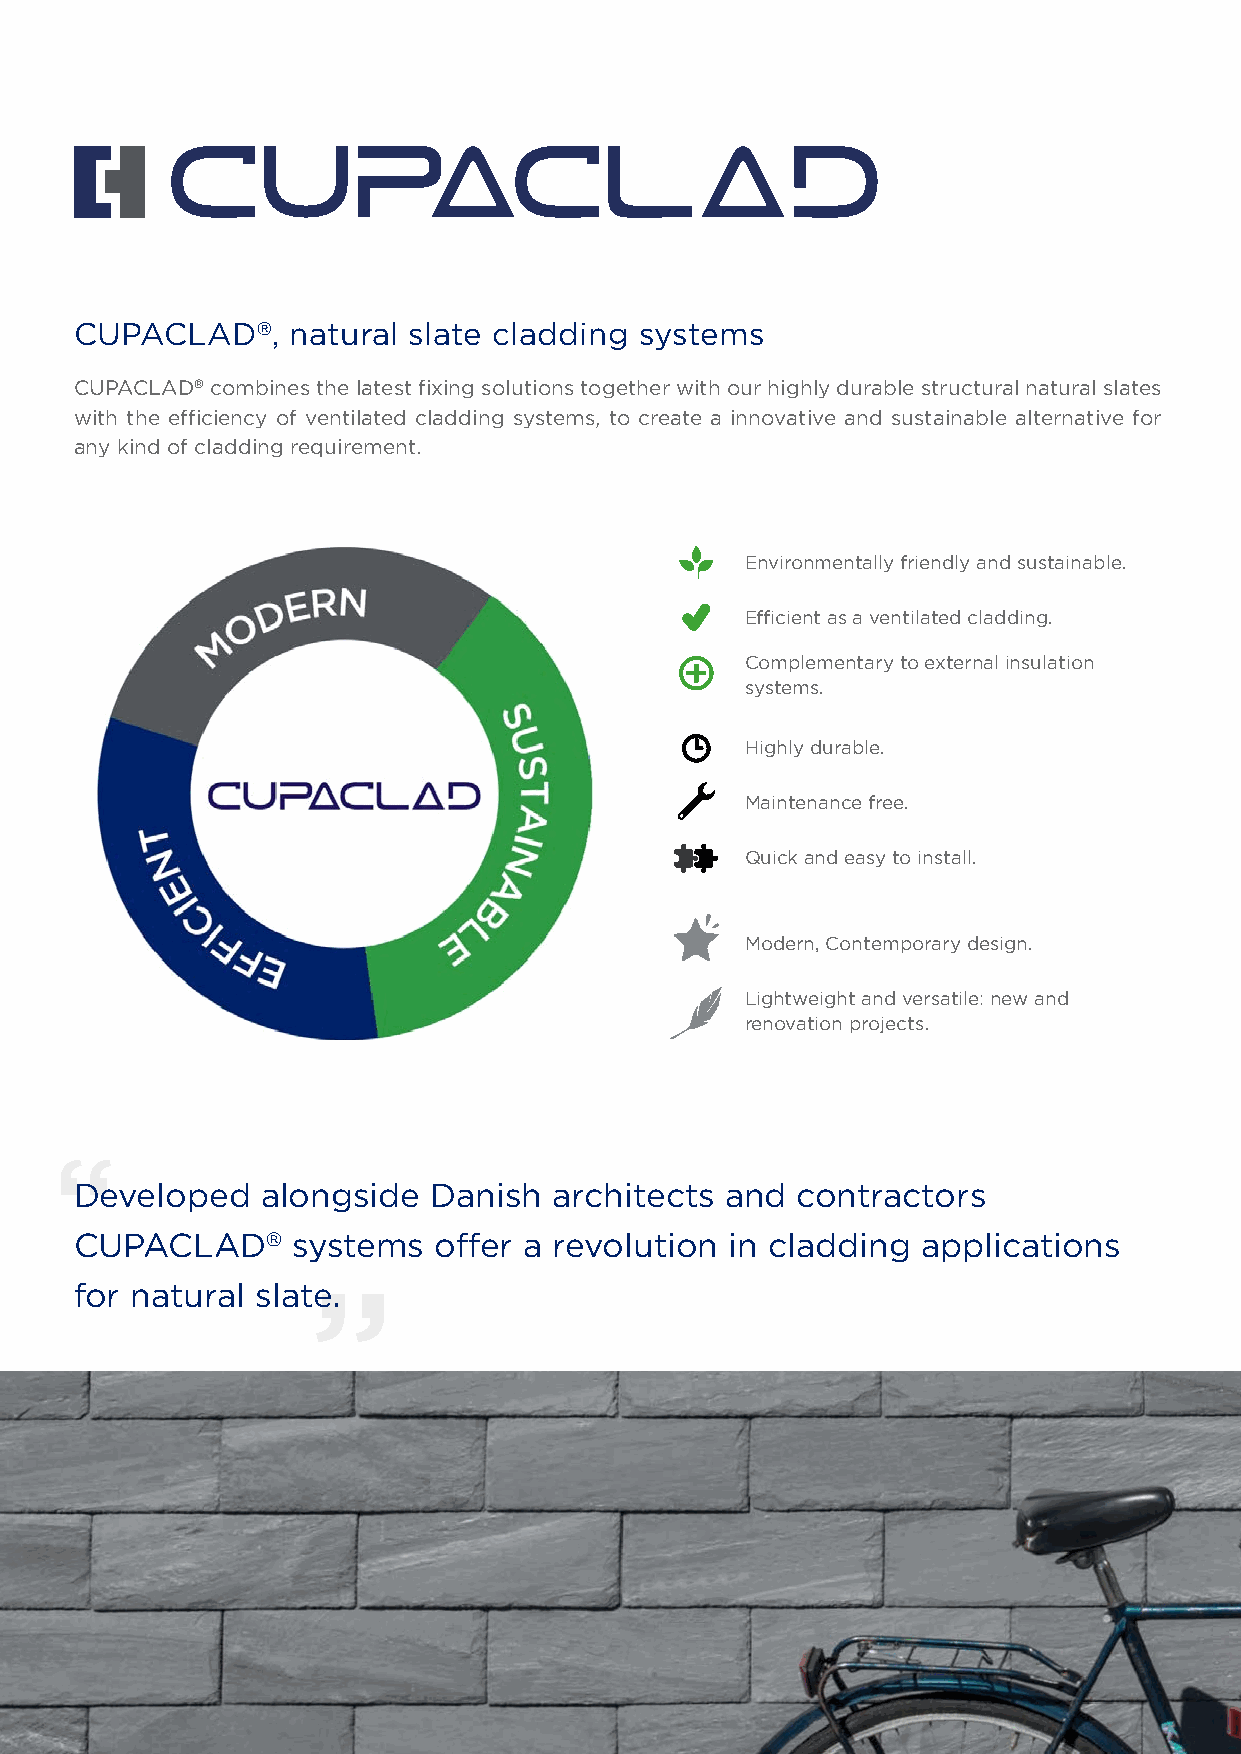
CUPACLAD®,    natural slate cladding systems
 CUPACLAD® combines the latest fixing solutions together with our highly durable structural natural slates
 with the efficiency of ventilated cladding systems, to create a innovative and sustainable alternative for
 any kind of cladding requirement.
 Environmentally friendly and sustainable.
 Efficient as a ventilated cladding.
 Complementary to external insulation
 systems.
 Highly durable.
 Maintenance free.
 Quick and easy to install.
 Modern, Contemporary design.
 Lightweight and versatile: new and
 renovation projects.
 Developed   alongside   Danish  architects and  contractors
 CUPACLAD®     systems   offer a revolution in cladding  applications
 for natural slate.